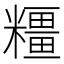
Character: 𱹢